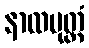
နာထပုတ္တံ